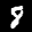
Label: 8